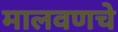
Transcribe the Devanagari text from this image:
मालवणचे